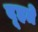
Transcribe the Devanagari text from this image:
दूहते